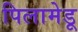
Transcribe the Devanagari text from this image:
पिलामेडू